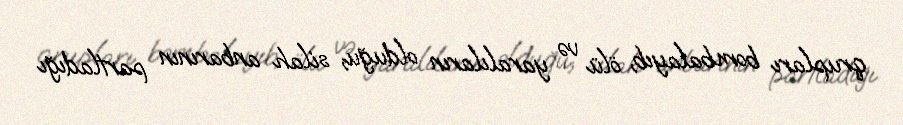
qrupları bombalayıb, ölü və yaralıların olduğu, silah anbarının partladığı